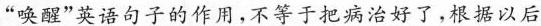
“唤醒”英语句子的作用，不等于把病治好了，根据以后